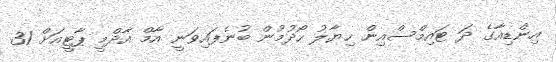
އިންޑިއާގެ ދަ ޓައިމްސްއިން ހިޔާލު ހޯދުމުން ބުނެފައިވަނީ އާމް އާދްމީ ޕާޓީއަށް 31